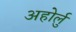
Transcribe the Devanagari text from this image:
अहोर्लु